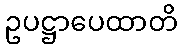
ဥပဋ္ဌာပေထာတိ